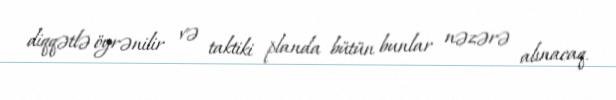
diqqətlə öyrənilir və taktiki planda bütün bunlar nəzərə alınacaq.